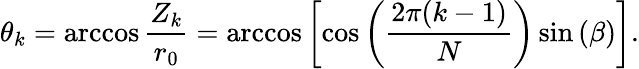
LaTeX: \theta_{k}=\operatorname{arccos}\frac{Z_{k}}{r_{0}}=\operatorname{arccos}\left[\cos\left(\frac{2\pi(k-1)}{N}\right)\sin\left(\beta\right)\right].